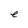
Character: e